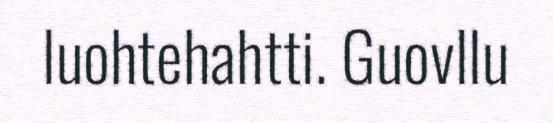
luohtehahtti. Guovllu